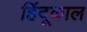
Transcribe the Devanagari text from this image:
हिंदूकाल